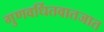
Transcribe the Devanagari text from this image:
गुणवर्धितवातजात